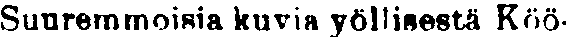
Suuremmoisia kuvia yöllisestä Köö-